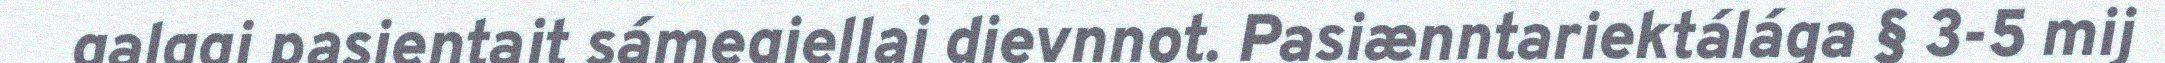
galggi pasientajt sámegiellaj dievnnot. Pasiænntariektálága § 3-5 mij